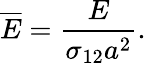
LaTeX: \overline{{E}}=\frac{E}{\sigma_{12}a^{2}}.